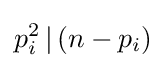
p_{i}^{2}\,|\,(n-p_{i})